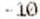
-10